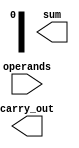
module CarrySaveAdder (
    input [N*WIDTH-1:0] operands, // N operands, each WIDTH bits
    output reg [WIDTH-1:0] sum,
    output reg carry_out
);
    parameter N = 8;       // Number of operands (must be a power of 2)
    parameter WIDTH = 16;   // Bit-width of each operand

    // Intermediate wires for sums and carries
    reg [WIDTH-1:0] sum_intermediate [0:N/2-1];
    reg [WIDTH-1:0] carry_intermediate [0:N/2-1];

    // Initial block for intermediate sum and carry calculation
    integer i;
    always @* begin
        // Initialize the sums and carries
        for (i = 0; i < N/2; i = i + 1) begin
            carry_intermediate[i] = 0;
            sum_intermediate[i] = 0;
        end

        // First level of CSA: pairwise addition of operands
        for (i = 0; i < N/2; i = i + 1) begin
            {carry_intermediate[i], sum_intermediate[i]} = 
                {1'b0, operands[(2*i+1)*WIDTH-1 -: WIDTH]} +
                {1'b0, operands[(2*i)*WIDTH-1 -: WIDTH]} +
                {1'b0, 1'b0}; // Cin = 0
        end

        // Reduction Tree Levels
        for (i = N/4; i < N/2; i = i + 1) begin
            carry_intermediate[i] = 0;
            sum_intermediate[i] = 0;
        end

        // Second level of CSA
        for (i = 0; i < N/4; i = i + 1) begin
            {carry_intermediate[i+N/4], sum_intermediate[i]} = 
                sum_intermediate[2*i] + sum_intermediate[2*i+1] + carry_intermediate[i];
        end

        // Continue this reduction for further levels if N > 4
        // Add additional levels if necessary...

        // Final output calculation
        sum = sum_intermediate[0] + carry_intermediate[0]; // Final carry is added
        carry_out = carry_intermediate[0][WIDTH-1]; // Capture final carry out
    end
endmodule